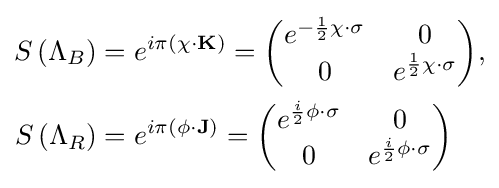
{\begin{aligned}S\left(\Lambda _{B}\right)&=e^{i\pi (\chi \cdot \mathbf {K} )}={\biggl (}{\begin{matrix}e^{-{\frac {1}{2}}\chi \cdot \sigma }&0\\0&e^{{\frac {1}{2}}\chi \cdot \sigma }\\\end{matrix}}{\biggr )},\\S\left(\Lambda _{R}\right)&=e^{i\pi (\phi \cdot \mathbf {J} )}={\biggl (}{\begin{matrix}e^{{\frac {i}{2}}\phi \cdot \sigma }&0\\0&e^{{\frac {i}{2}}\phi \cdot \sigma }\\\end{matrix}}{\biggr )}\\\end{aligned}}